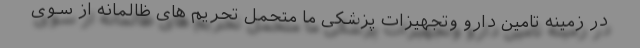
در زمینه تامین دارو وتجهیزات پزشکی ما متحمل تحریم های ظالمانه از سوی